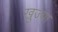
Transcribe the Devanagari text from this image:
खुज्या